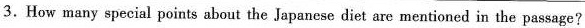
3.How many special points about the Japanese diet are mentioned in the passage?